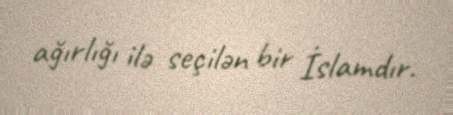
ağırlığı ilə seçilən bir İslamdır.